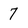
Character: 7